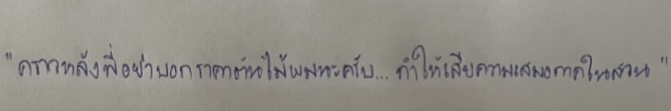
"คราวหลังพี่อย่าบอกราคาต้นไม้ผมนะครับ...ทำให้เสียความเสมอภาคในสวน"